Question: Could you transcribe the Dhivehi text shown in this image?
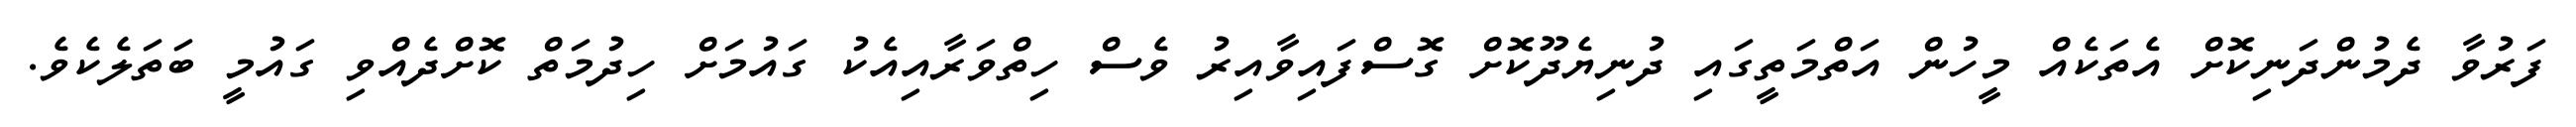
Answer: ފަރުވާ ދެމުންދަނިކޮށް އެތަކެއް މީހުން އަތްމަތީގައި ދުނިޔެދޫކޮށް ގޮސްފައިވާއިރު ވެސް ހިތްވަރާއިއެކު ގައުމަށް ހިދުމަތް ކޮށްދެއްވި ގައުމީ ބަތަލެކެވެ.